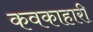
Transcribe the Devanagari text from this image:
कवकाहारी